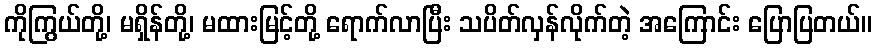
ကိုကြွယ်တို့၊ မရှိန်တို့၊ မထားမြင့်တို့ ရောက်လာပြီး သပိတ်လှန်လိုက်တဲ့ အကြောင်း ပြောပြတယ်။